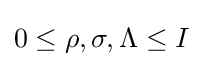
0\leq \rho ,\sigma ,\Lambda \leq I